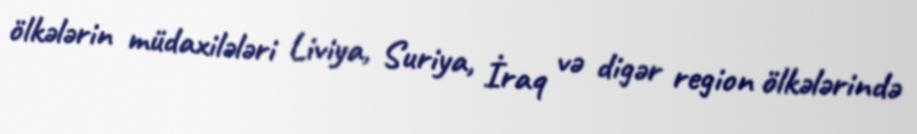
ölkələrin müdaxilələri Liviya, Suriya, İraq və digər region ölkələrində